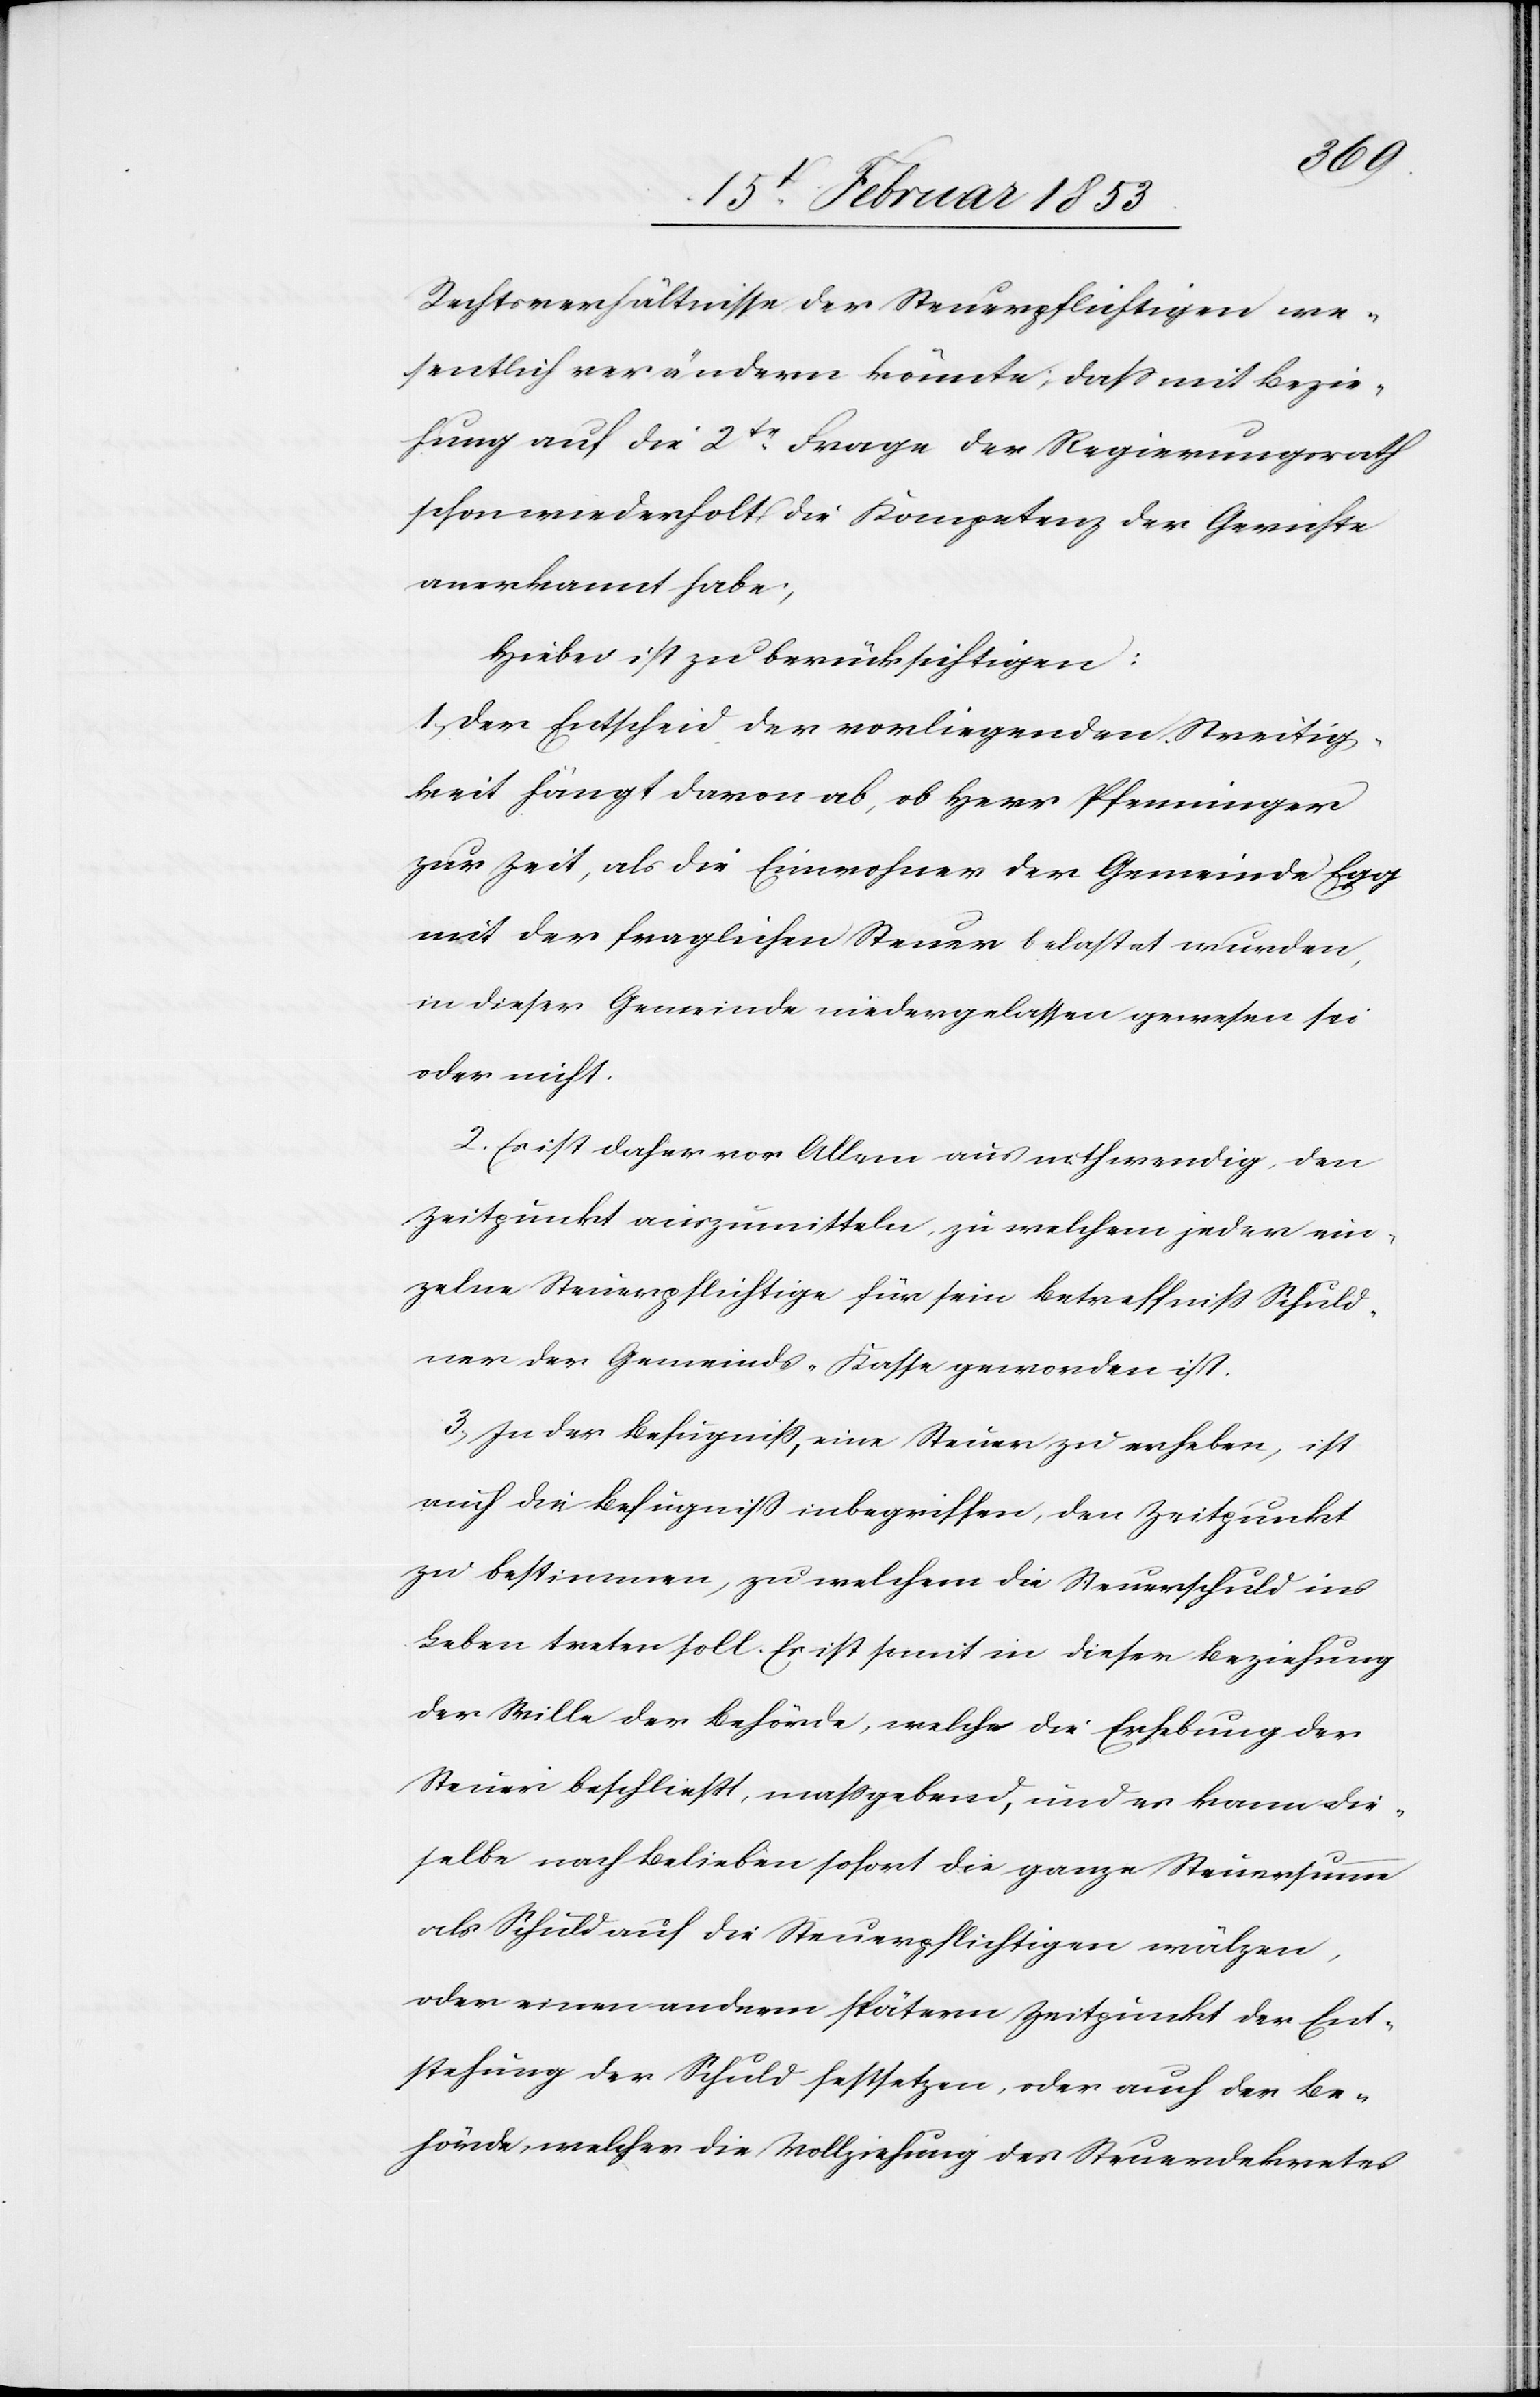
Rechsverhältnisse der Steuerpflichtigen we¬
sentlich verändern könnte, daß mit Bezie¬
hung auf die 2te. Frage der Regierungsrath
schon wiederholt die Kompetenz der Gerichte
anerkannt habe;
Hiebei ist zu berücksichtigen:
1, Der Entscheid der vorliegenden Streitig¬
keit hängt davon ab, ob Herr Pfenninger
zur Zeit, als die Einwohner der Gemeinde Egg
mit der fraglichen Steuer belastet wurden,
in dieser Gemeinde niedergelassen gewesen sei
oder nicht.
2, Es ist daher vor Allem aus nothwendig, den
Zeitpunkt auszumitteln, zu welchem jeder ein¬
zelne Steuerpflichtige für seine Betreffniß Schuld¬
ner der Gemeinde-Kasse geworden ist.
3, In der Befugniß, eine Steuer zu erheben, ist
auch die Befugniß inbegriffen, den Zeitpunkt
zu bestimmen, zu welchem die Steuerschuld ins
Leben treten soll. Es ist somit in dieser Beziehung
der Wille der Behörde, welche die Erhebung der
Steuern beschließt, maßgebend, und es kann die¬
selbe nach Belieben sofort die ganze Steuersumme
als Schuld auf die Steuerpflichtigen wälzen,
oder einen andern spätern Zeitpunkt der Ent¬
stehung der Schuld festsetzen, oder auch der Be¬
hörde, welcher die Vollziehung des Steuerdekretes